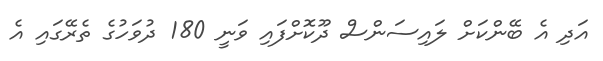
އަދި އެ ބޭންކަށް ލައިސަންސް ދޫކޮށްފައި ވަނީ 180 ދުވަހުގެ ތެރޭގައި އެ